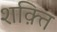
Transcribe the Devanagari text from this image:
शक़्ति